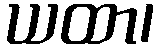
ယထာ၊